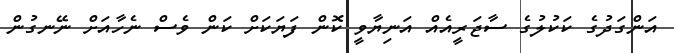
އަންގަދުގެ ކަކުލުގެ ސާޖަރީއެއް އަނިޔާވީ ކޮން ފަޔަކަށް ކަން ވެސް ނެހާއަށް ނޭނގުން